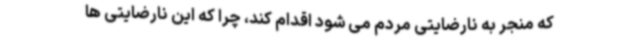
که منجر به نارضایتی مردم می شود اقدام کند، چرا که این نارضایتی ها